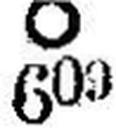
Ο 603